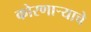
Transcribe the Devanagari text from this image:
कोरणार्‍याचे